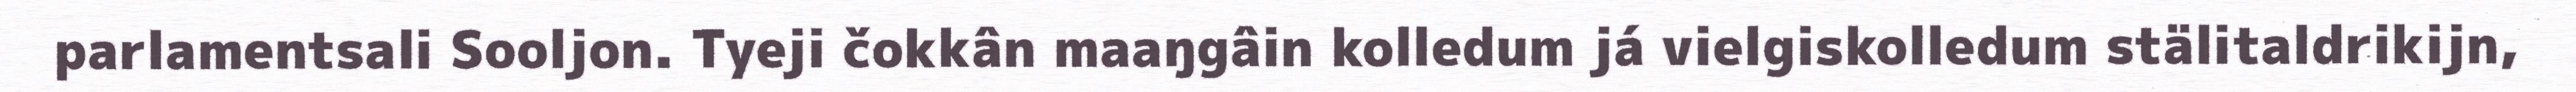
parlamentsali Sooljon. Tyeji čokkân maaŋgâin kolledum já vielgiskolledum stälitaldrikijn,